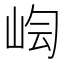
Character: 𡷃